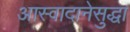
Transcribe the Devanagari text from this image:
आस्वादानेसुद्धा